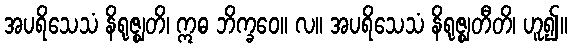
အပရိသေသံ နိရုဇ္ဈတိ၊ ဣဓ ဘိက္ခဝေ။ လ။ အပရိသေသံ နိရုဇ္ဈတီတိ၊ ဟူ၍။